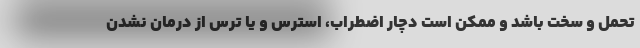
تحمل و سخت باشد و ممکن است دچار اضطراب،‌ استرس و یا ترس از درمان نشدن